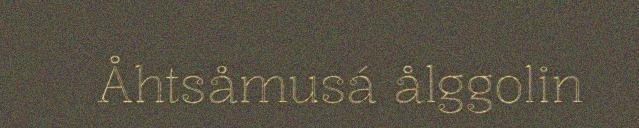
Åhtsåmusá ålggolin